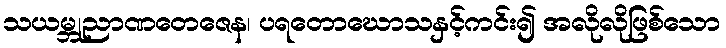
သယမ္ဘုညာဏတေဇေန၊ ပရတောဃောသနှင့်ကင်း၍ အလိုလိုဖြစ်သော